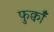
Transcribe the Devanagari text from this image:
फुर्क्वाँ